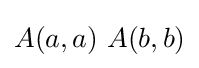
A(a,a)\ A(b,b)